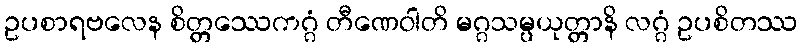
ဥပစာရဗလေန စိတ္တဿေကဂ္ဂံ တီဏေဝါတိ မဂ္ဂသမ္ပယုတ္တာနိ လဂ္ဂံ ဥပစိတဿ